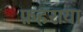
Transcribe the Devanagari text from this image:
फ़हराया